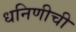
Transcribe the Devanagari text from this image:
धनिणीची